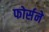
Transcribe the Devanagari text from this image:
फोर्सने